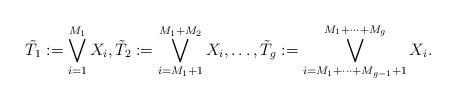
LaTeX: \begin{align*}\tilde{T}_1 := \bigvee_{i=1}^{M_1} X_i,\tilde{T}_2 := \bigvee_{i = M_1 + 1}^{M_1 + M_2} X_i,\dots, \tilde{T}_g := \bigvee_{i = M_1 + \cdots + M_{g-1} + 1}^{M_1 + \cdots + M_g} X_i.\end{align*}